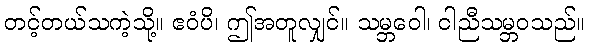
တင့်တယ်သကဲ့သို့။ ဧဝံပိ၊ ဤအတူလျှင်။ သမ္ဘဝေါ၊ ငါညီသမ္ဘဝသည်။